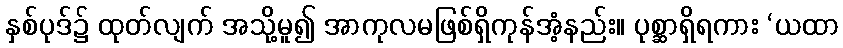
နှစ်ပုဒ်၌ ထုတ်လျက် အသို့မူ၍ အာကုလမဖြစ်ရှိကုန်အံ့နည်း။ ပုစ္ဆာရှိရကား ‘ယထာ